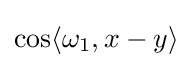
\cos \langle \omega _{1},x-y\rangle